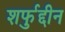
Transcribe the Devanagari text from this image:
शर्फुद्दीन